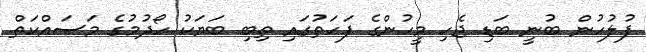
ފުލުހުން ބުނީ ބަޑި ޖެހި މީހުންގެ ފަހަތުގައި ތިބި ބަޔަކު ހޯދުމުގެ މަސައްކަތް